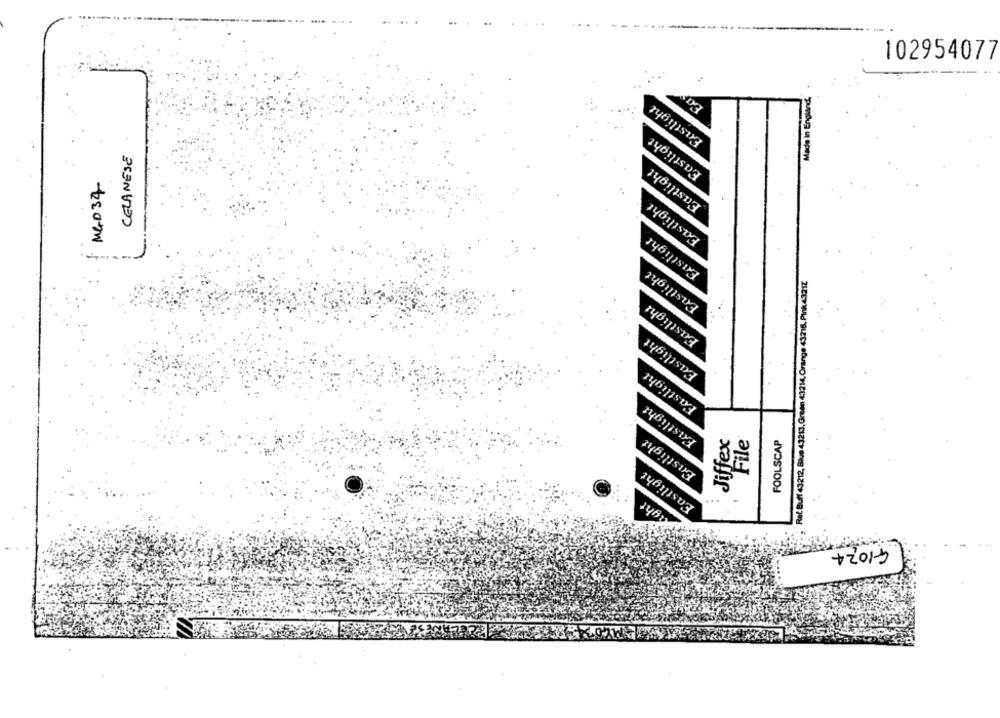
102954077
Eay
and
Eastlight
Made in E
Eastlight
CELANESE
Eastlight
MED 34
Eastlight
Eastlight
Eastlight
Rel. Buff 43212, Blue 43213, Green 43214, Orange 43216, Pink43217
Eastlight
Eastlight
Eastlight
Eastlight
Enstlight
Jiffex
File
FOOLSCAP
Eastlight
Might
G1024